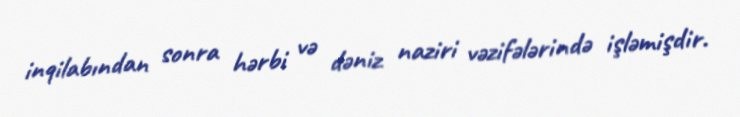
inqilabından sonra hərbi və dəniz naziri vəzifələrində işləmişdir.